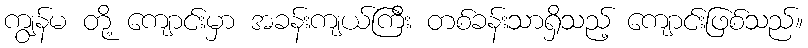
ကျွန်မ တို့ ကျောင်းမှာ အခန်းကျယ်ကြီး တစ်ခန်းသာရှိသည့် ကျောင်းဖြစ်သည်။